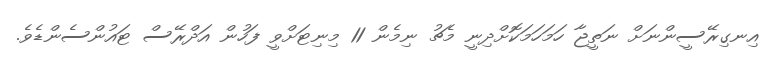
އިނގިރޭސީންނަށް ނަތީޖާ ހަމަހަމަކޮށްދިނީ މެޗު ނިމެން 11 މިނިޓަށްވީ ފަހުން އަދްރޭސް ޓައުންސެންޑެވެ.